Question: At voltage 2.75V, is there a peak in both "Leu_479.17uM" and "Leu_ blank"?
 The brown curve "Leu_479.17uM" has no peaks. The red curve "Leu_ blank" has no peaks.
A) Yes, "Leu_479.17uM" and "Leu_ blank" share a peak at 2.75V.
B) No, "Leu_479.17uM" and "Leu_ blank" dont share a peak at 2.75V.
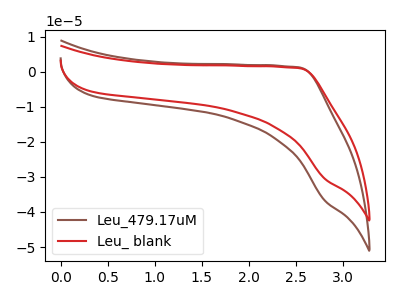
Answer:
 <answer>B) No, "Leu_479.17uM" and "Leu_ blank" dont share a peak at 2.75V.</answer>
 <eval>B</eval>